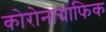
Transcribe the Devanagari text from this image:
कोरोनाग्राफिक